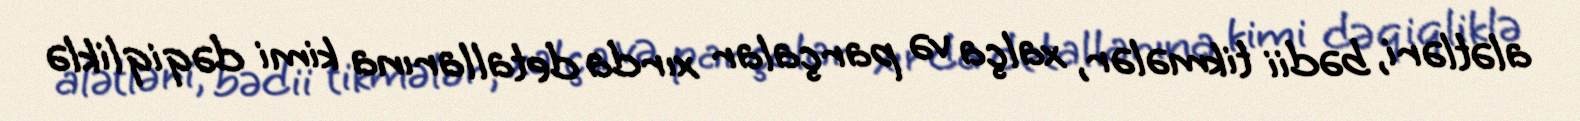
alətləri, bədii tikmələr, xalça və parçalar xırda detallarına kimi dəqiqliklə